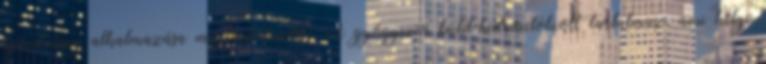
készítmény alkalmazása megfontolandó. A gyógyszer butil-hidroxitoluolt tartalmaz, ami helyi